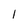
Character: 1